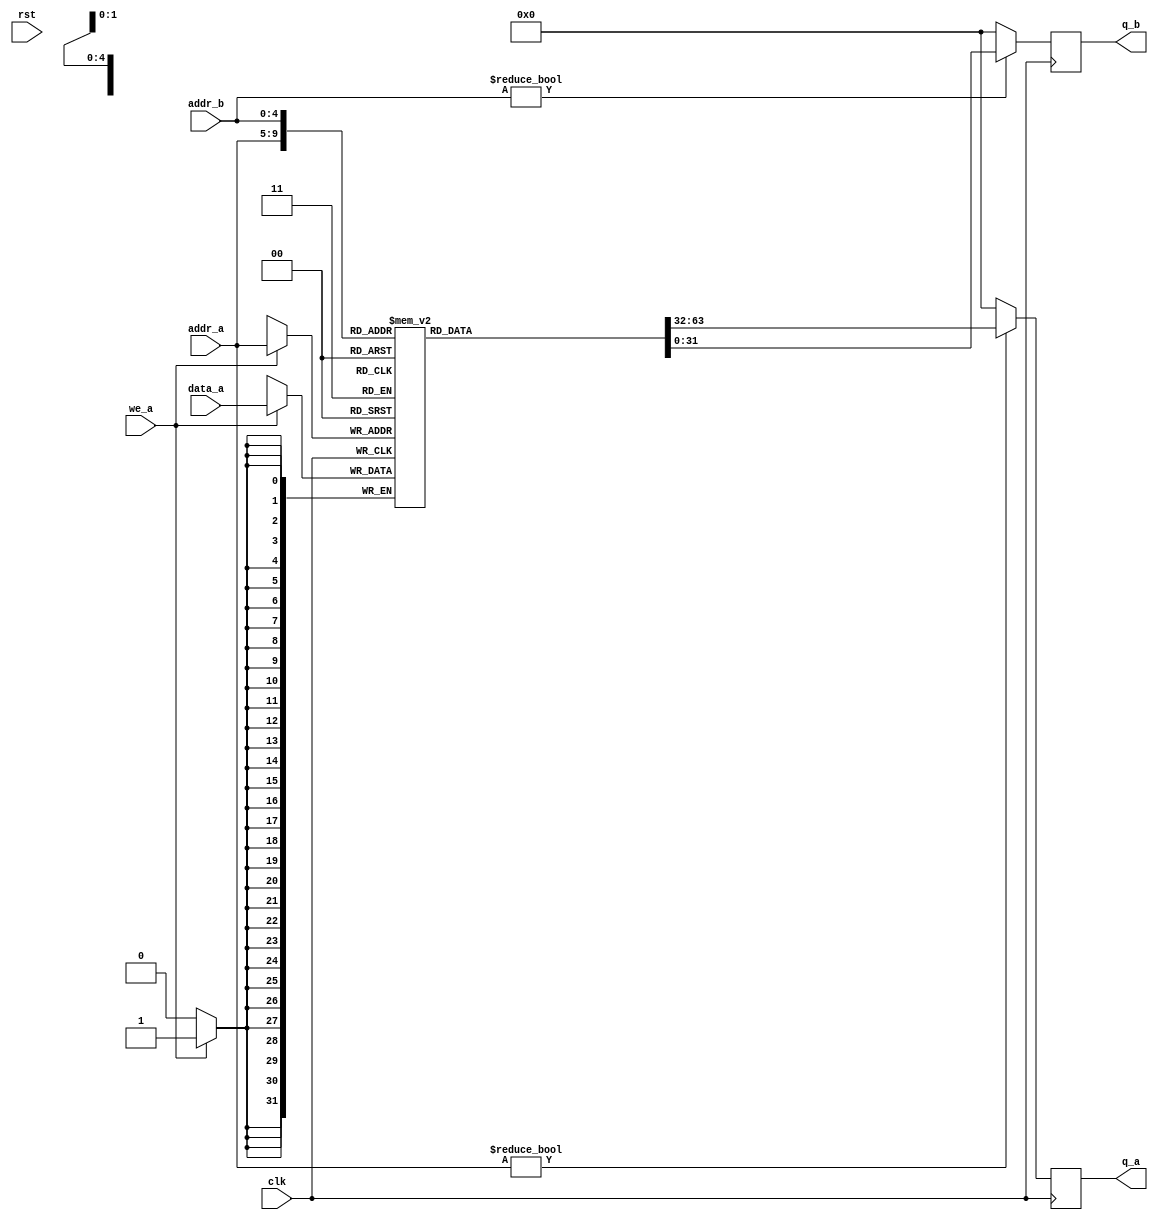
`timescale 1ns / 1ps
/*
REG_FILE by CKDUR.

Instructions: 
1. Instance REG_FILE, not true_dpram_sclk
2. Connect rd, rs1 and rs2 input/output to their respective buses.
3. Connect rdi, rs1i, rs2i from DECO_INSTR (These are the indexes)
4. If 'rdw_rsrn' is 1 logic, then rd data is written to registers according to rdi
   If 'rdw_rsrn' is 0 logic, then rs1 and rs2 are filled with data from registers according to rs1 and rs2.
   Note: ALWAYS is doing this, if you dont want rd write the registers, you MUST put rdw_rsrn to 0 and maintain rs1i and rs2i constant.
5. Profit!

*/

// Code extracted from: https://www.altera.com/support/support-resources/design-examples/design-software/verilog/ver-true-dual-port-ram-sclk.html
module true_dpram_sclk
(
	input [31:0] data_a,
	input [4:0] addr_a, addr_b,
	input we_a, clk, rst,
	output reg [31:0] q_a, q_b
);
	// Declare the RAM variable
	reg [31:0] ram[31:0];
	
	// Port A
	always @ (posedge clk)
	begin
		if (we_a) 
		begin
			ram[addr_a] <= data_a;
		end
		q_a <= addr_a?ram[addr_a]:32'd0;		// Assign zero if index is zero because zero register
		q_b <= addr_b?ram[addr_b]:32'd0;		// Assign zero if index is zero because zero register
	end
	
endmodule

module REG_FILE(
    input clk,
    input rst,
    
	input [31:0] rd,
	input [4:0] rdi,
	input rdw_rsrn,
	output [31:0] rs1,
	input [4:0] rs1i,
	output [31:0] rs2,
	input [4:0] rs2i
	);
	
	wire [31:0] data_a;
	wire [4:0] addr_a, addr_b;
	wire we_a;
	wire [31:0] q_a, q_b;
	
	assign data_a = rd;
	assign addr_a = rdw_rsrn?rdi:rs1i;
	assign addr_b = rs2i;
	assign we_a = rdw_rsrn;
	assign rs1 = q_a;
	assign rs2 = q_b;
	
	true_dpram_sclk MEM_FILE
(
	.data_a(data_a),
	.addr_a(addr_a), .addr_b(addr_b),
	.we_a(we_a), .clk(clk), .rst(rst),
	.q_a(q_a), .q_b(q_b)
);
	
endmodule